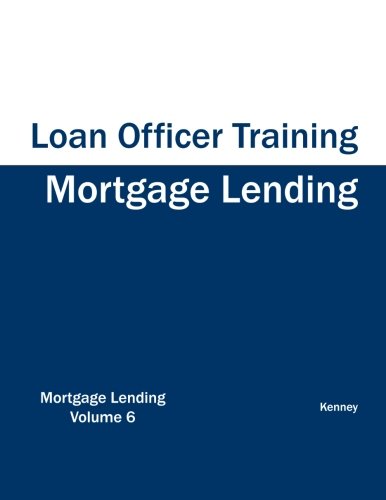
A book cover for Mortgage Lending - Loan Officer Training; Kenney; Business & Money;